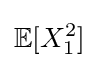
\mathbb {E} [X_{1}^{2}]